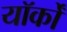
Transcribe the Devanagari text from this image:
यॉर्कों